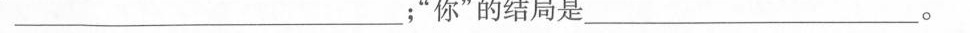
”_________；”你”的结局是_____。